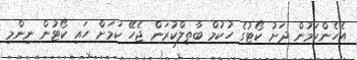
އެހެންކަމުން ދަށު ކޯޓުގެ ހުކުމް ބާތިލްކުރަން ޖެހޭ ކަމަށް ހައި ކޯޓުން ނިންމި